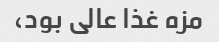
مزه غذا عالی بود،